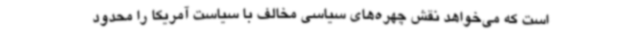
است که می‌خواهد نقش چهره‌های سیاسی مخالف با سیاست آمریکا را محدود